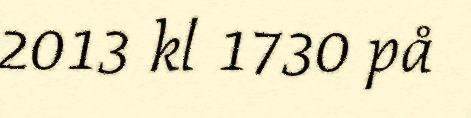
2013 kl 1730 på